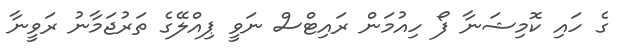
ގެ ހައި ކޮމިޝަނާ ފޯ ހިއުމަން ރައިޓްސް ނަވީ ޕިއްލޭގެ ތަރުޖަމާނު ރަވީނާ